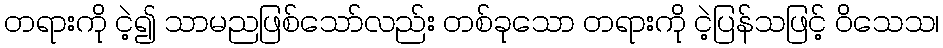
တရားကို ငဲ့၍ သာမညဖြစ်သော်လည်း တစ်ခုသော တရားကို ငဲ့ပြန်သဖြင့် ဝိသေသ၊